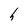
Character: h